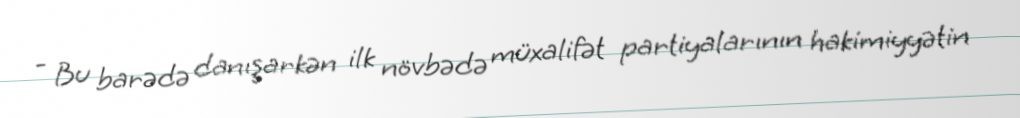
- Bu barədə danışarkən ilk növbədə müxalifət partiyalarının hakimiyyətin